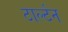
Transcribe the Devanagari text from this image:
टार्ल्टन